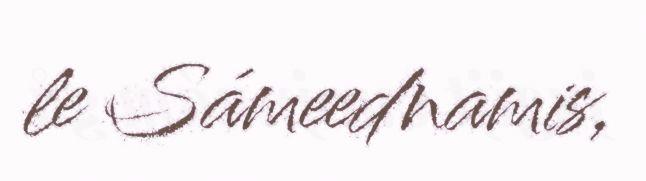
le Sámeednamis,